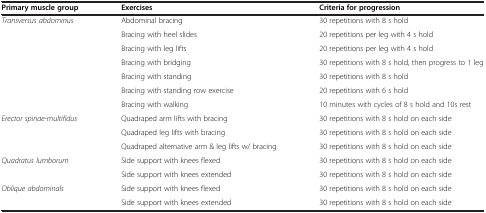
<table><thead><tr><td><b>Primary muscle group</b></td><td><b>Exercises</b></td><td><b>Criteria for progression</b></td></tr></thead><tbody><tr><td><i>Transversus abdominus</i></td><td>Abdominal bracing</td><td>30 repetitions with 8 s hold</td></tr><tr><td> </td><td>Bracing with heel slides</td><td>20 repetitions per leg with 4 s hold</td></tr><tr><td> </td><td>Bracing with leg lifts</td><td>20 repetitions per leg with 4 s hold</td></tr><tr><td> </td><td>Bracing with bridging</td><td>30 repetitions with 8 s hold, then progress to 1 leg</td></tr><tr><td> </td><td>Bracing with standing</td><td>30 repetitions with 8 s hold</td></tr><tr><td> </td><td>Bracing with standing row exercise</td><td>20 repetitions with 6 s hold</td></tr><tr><td> </td><td>Bracing with walking</td><td>10 minutes with cycles of 8 s hold and 10s rest</td></tr><tr><td><i>Erector spinae-multifidus</i></td><td>Quadraped arm lifts with bracing</td><td>30 repetitions with 8 s hold on each side</td></tr><tr><td> </td><td>Quadraped leg lifts with bracing</td><td>30 repetitions with 8 s hold on each side</td></tr><tr><td> </td><td>Quadraped alternative arm &amp; leg lifts w/ bracing</td><td>30 repetitions with 8 s hold on each side</td></tr><tr><td><i>Quadratus lumborum</i></td><td>Side support with knees flexed</td><td>30 repetitions with 8 s hold on each side</td></tr><tr><td> </td><td>Side support with knees extended</td><td>30 repetitions with 8 s hold on each side</td></tr><tr><td><i>Oblique abdominals</i></td><td>Side support with knees flexed</td><td>30 repetitions with 8 s hold on each side</td></tr><tr><td> </td><td>Side support with knees extended</td><td>30 repetitions with 8 s hold on each side</td></tr></tbody></table>